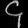
Digit: ၄